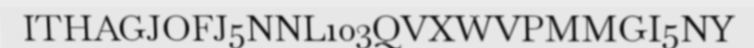
ITHAGJOFJ5NNL103QVXWVPMMGI5NY